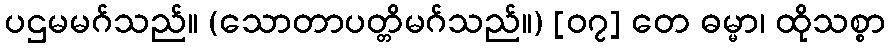
ပဌမမဂ်သည်။ (သောတာပတ္တိမဂ်သည်။) [၀၇] တေ ဓမ္မာ၊ ထိုသစ္စာ